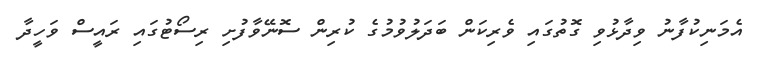
އެމަނިކުފާނު ވިދާޅުވި ގޮތުގައި ވެރިކަން ބަދަލުވުމުގެ ކުރިން ސޮނޭވާފުށި ރިސޯޓުގައި ރައީސް ވަހީދާ